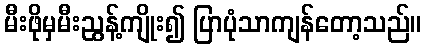
မီးဖိုမှမီးညွန့်ကျိုး၍ ပြာပုံသာကျန်တော့သည်။